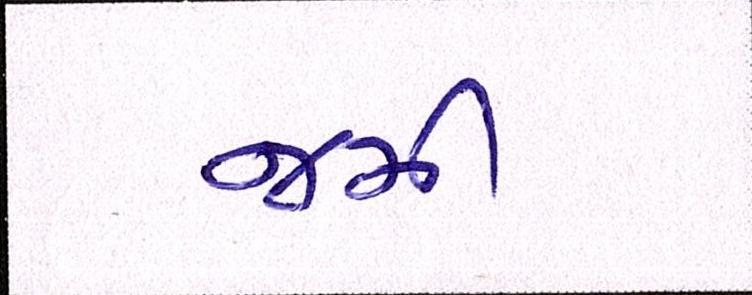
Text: જમી